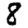
Digit: 8